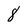
Character: 8